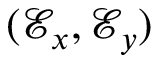
( \mathcal { E } _ { x } , \mathcal { E } _ { y } )